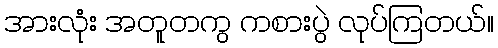
အားလုံး အတူတကွ ကစားပွဲ လုပ်ကြတယ်။